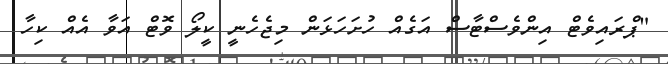
"ޕްރައިވެޓް އިންވެސްޓާސް އަގެއް ހުށަހަޅަން މިޖެހެނީ ކީލޯ ވޮޓް އަވާ އެއް ކިހާ